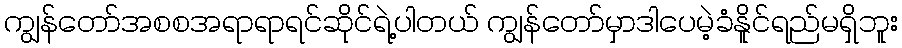
ကျွန်တော်အစစအရာရာရင်ဆိုင်ရဲ့ပါတယ် ကျွန်တော်မှာဒါပေမဲ့ခံနိူင်ရည်မရှိဘူး